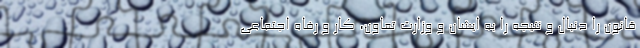
قانون را دنبال و نتيجه را به ايشان و وزارت تعاون، كار و رفاه اجتماعي